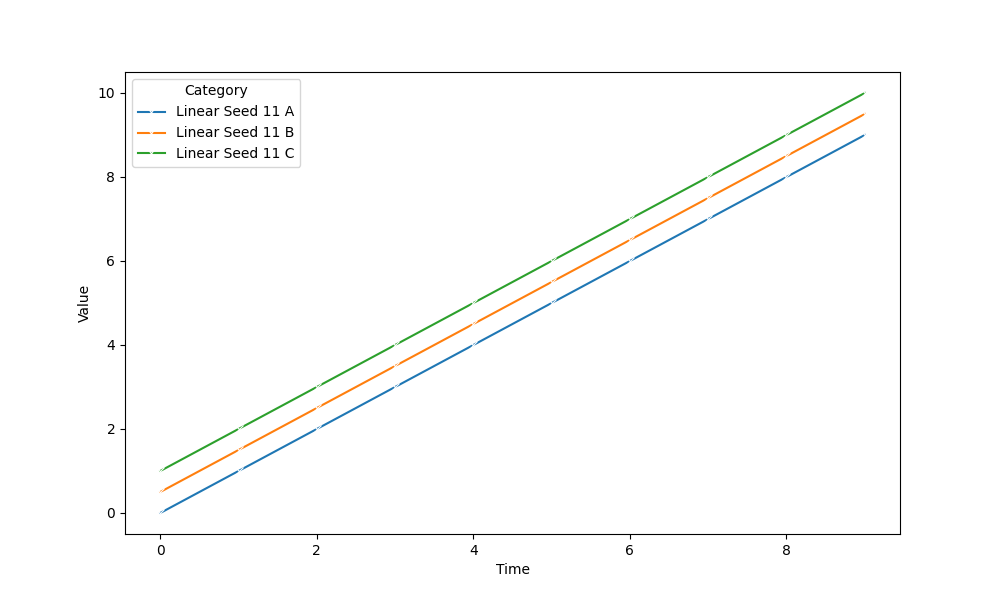
python, seaborn, lineplot, style='solid', marker='x'